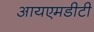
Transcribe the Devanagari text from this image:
आयएमडीटी